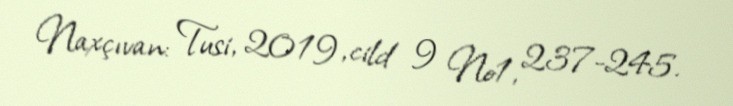
Naxçıvan: Tusi, 2019, cild 9 №1, 237-245.